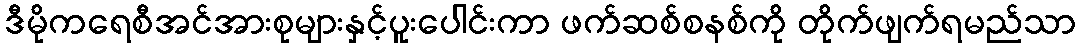
ဒီမိုကရေစီအင်အားစုများနှင့်ပူးပေါင်းကာ ဖက်ဆစ်စနစ်ကို တိုက်ဖျက်ရမည်သာ